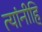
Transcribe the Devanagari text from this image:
त्यांनीहि